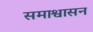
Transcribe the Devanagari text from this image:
समाश्वासन